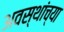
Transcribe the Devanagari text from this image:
अवस्थांच्या